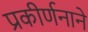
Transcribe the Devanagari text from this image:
प्रकीर्णनाने